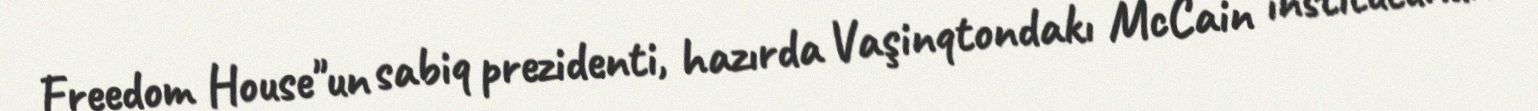
Freedom House"un sabiq prezidenti, hazırda Vaşinqtondakı McCain institutunun